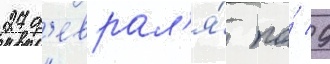
27 ф'еврал'я́ по́ 9